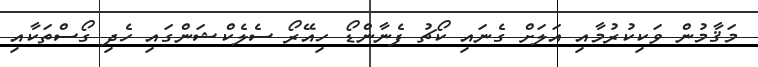
މަޤާމުން ވަކިކުރުމާއި އަލަށް ގެނައި ކޯޗު ފެނާންޑޯ ހިއޭރޯ ސެލެކްޝަންގައި ހެދި ގޯސްތަކާއި